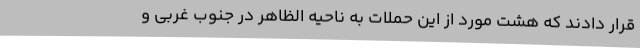
قرار دادند که هشت مورد از این حملات به ناحیه الظاهر در جنوب غربی و